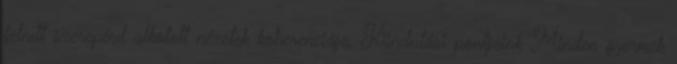
felnıtt szerepérıl alkotott nézetek koherenciája. Kiindulási pontjaink Minden gyermek